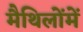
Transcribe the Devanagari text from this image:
मैथिलोंमें